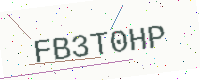
Text: FB3T0HP